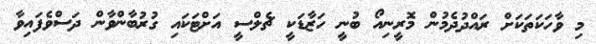
މި ވާހަކަތަކަށް ރައްދުދެމުން މޮރީނިއޯ ބުނީ ހަޒާޑަކީ ޗެލްސީ އަށްޓަކައި ގުރުބާންވާން ދަސްވެފައިވާ